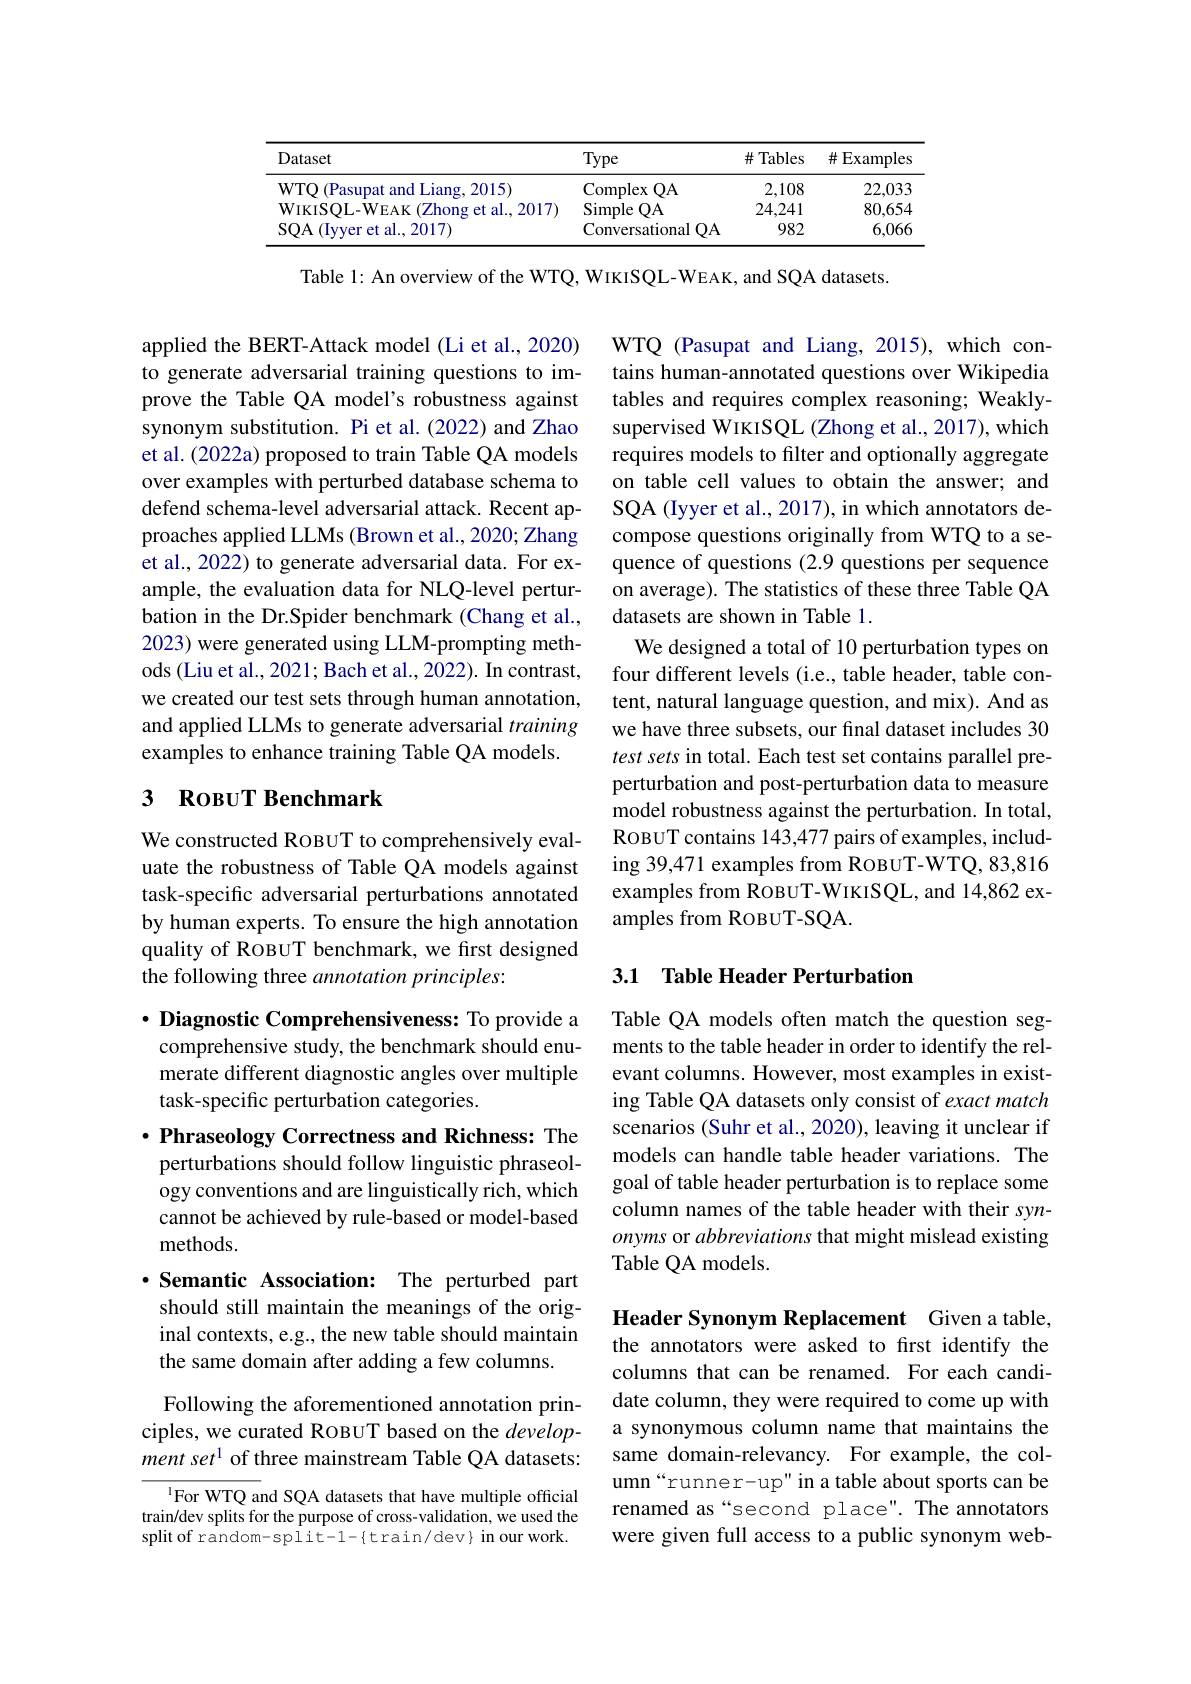
<table>
	<tbody>
		<tr>
			<th>Dataset</th>
			<th>Type</th>
			<th>$\#$Tables</th>
			<th>$\#$Examples</th>
		</tr>
		<tr>
			<td>WTQ (Pasupat and Liang, 2015)</td>
			<td>Complex $QA$</td>
			<td>2,108</td>
			<td>22,033</td>
		</tr>
		<tr>
			<td>$\mathbf{WIKISOL-WEAK}$ (Zhong et al.2017)</td>
			<td>Simple :QA</td>
			<td>24,241</td>
			<td>80,654</td>
		</tr>
		<tr>
			<td>$\operatorname{SQA}($Iyyer et al.,2017)</td>
			<td>Conversational $QA$</td>
			<td>982</td>
			<td>6,066</td>
		</tr>
	</tbody>
</table>

Table l: An overview of the WTQ, WIKISQL-WEAK, and SQA datasets.

applied the BERT-Attack model (Li et al., 2020) to generate adversarial training questions to improve the Table QA model's robustness against synonym substitution. Pi et al.(2022) and Zhao et al. (2022a) proposed to train Table QA models over examples with perturbed database schema to defend schema-level adversarial attack. Recent approaches applied LLMs (Brown et al., 2020; Zhang et al., 2022) to generate adversarial data. For example, the evaluation data for NLQ-level perturbation in the Dr.Spider benchmark (Chang et al., 2023) were generated using LLM-prompting methods (Liu et al., 2021; Bach et al., 2022). In contrast, we created our test sets through human annotation, and applied LLMs to generate adversarial training examples to enhance training Table QA models.

WTQ (Pasupat and Liang, 2015), which contains human-annotated questions over Wikipedia tables and requires complex reasoning; Weaklysupervised WIKISQL (Zhong et al., 2017), which requires models to filter and optionally aggregate on table cell values to obtain the answer; and SQA (Iyyer et al., 2017), in which annotators decompose questions originally from WTQ to a sequence of questions (2.9 questions per sequence on average). The statistics of these three Table QA datasets are shown in Table 1.
We designed a total of 10 perturbation types on four different levels (i.e., table header, table content, natural language question, and mix). And as we have three subsets, our final dataset includes 30 test sets in total. Each test set contains parallel preperturbation and post-perturbation data to measure model robustness against the perturbation. In total, ROBUT contains 143,477 pairs of examples, including 39,471 examples from RoвuT-WTQ, 83,816 examples from ROBUT-WIKISQL, and 14,862 examples from ROBUT-SQA.

## 3 RoвuT Benchmark

We constructed ROBUT to comprehensively evaluate the robustness of Table QA models against task-specific adversarial perturbations annotated by human experts. To ensure the high annotation quality of ROBUT benchmark, we first designed the following three annotation principles:

## 3.1 Table Header Perturbation

Table QA models often match the question segments to the table header in order to identify the relevant columns. However, most examples in existing Table QA datasets only consist of exact match scenarios (Suhr et al., 2020), leaving it unclear if models can handle table header variations. The goal of table header perturbation is to replace some column names of the table header with their synonyms or abbreviations that might mislead existing Table QA models.

$\cdot$ Diagnostic Comprehensiveness: To provide a comprehensive study, the benchmark should enumerate different diagnostic angles over multiple task-specific perturbation categories.
$\cdot$ Phraseology Correctness and Richness: The perturbations should follow linguistic phraseology conventions and are linguistically rich, which cannot be achieved by rule-based or model-based methods.
$\cdot$ Semantic Association: The perturbed part should still maintain the meanings of the original contexts, e.g., the new table should maintain the same domain after adding a few columns.

Following the aforementioned annotation principles, we curated RoBUT based on the development set$^{1}$ of three mainstream Table QA datasets:

Header Synonym Replacement Given a table, the annotators were asked to first identify the columns that can be renamed. For each candidate column, they were required to come up with a synonymous column name that maintains the same domain-relevancy. For example, the column“runner-up" in a table about sports can be renamed as“second place". The annotators were given full access to a public synonym web-

$^{1}$For WTQ and SQA datasets that have multiple official train/dev splits for the purpose of cross-validation, we used the split of random-split-1-{train/dev}inourwork.